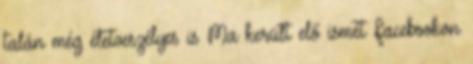
talán még életveszélyes is Ma került elő ismét Facebookon